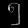
Digit: ၅